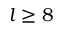
l \geq 8